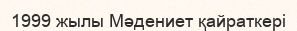
1999 жылы Мәдениет қайраткері